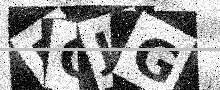
Text: POJG